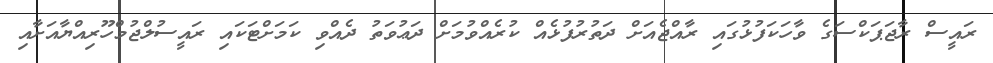
ރައީސް ރާޖަޕަކްސަގެ ވާހަކަފުޅުގައި ރާއްޖެއަށް ދަތުރުފުޅެއް ކުރެއްވުމަށް ދަޢުވަތު ދެއްވި ކަމަށްޓަކައި ރައީސުލްޖުމްހޫރިއްޔާއަށާއި